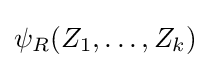
\psi _{R}(Z_{1},\dots ,Z_{k})